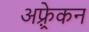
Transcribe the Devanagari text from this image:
अफ़्र्रेकन